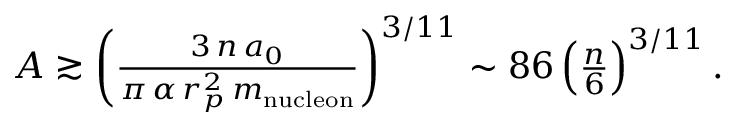
\begin{array} { r } { A \gtrsim \left( \frac { 3 \, n \, a _ { 0 } } { \pi \, \alpha \, r _ { p } ^ { 2 } \, m _ { \mathrm { n u c l e o n } } } \right) ^ { 3 / 1 1 } \sim 8 6 \left( \frac { n } { 6 } \right) ^ { 3 / 1 1 } . } \end{array}